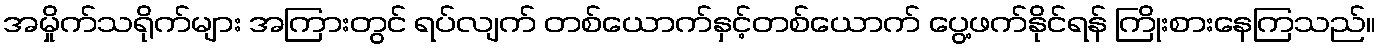
အမှိုက်သရိုက်များ အကြားတွင် ရပ်လျက် တစ်ယောက်နှင့်တစ်ယောက် ပွေ့ဖက်နိုင်ရန် ကြိုးစားနေကြသည်။